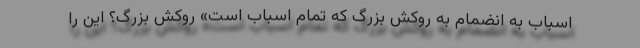
اسباب به انضمام به روکشِ بزرگ که تمامِ اسباب است» روکش بزرگ؟ این را